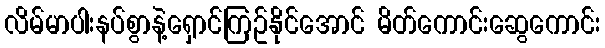
လိမ်မာပါးနပ်စွာနဲ့ရှောင်ကြဥ်နိုင်အောင် မိတ်ကောင်းဆွေကောင်း